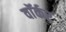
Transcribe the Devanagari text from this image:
वाॅर्कर